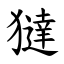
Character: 㺚